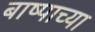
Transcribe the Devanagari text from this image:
बाष्पाच्या